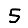
Digit: 5